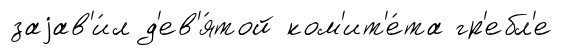
заjав'и́л д'ев'я́той ком'ит'е́та гр'ебл'е